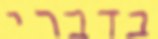
בדברי